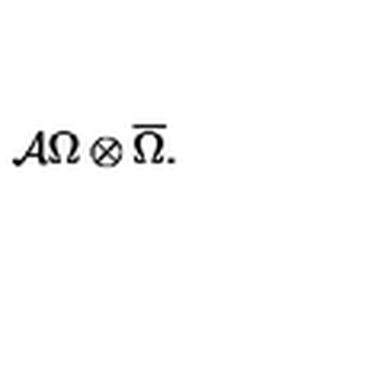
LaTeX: { \cal A } \Omega \otimes \overline { { \Omega } } .